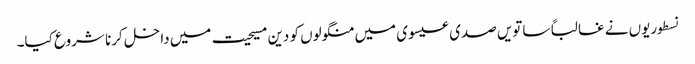
نسطوریوں نے غالباً ساتویں صدی عیسوی میں منگولوں کو دین مسیحیت میں داخل کرنا شروع کیا۔